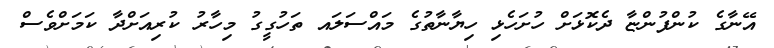
އޭނާގެ ކުންފުންޏާ ދެކޮޅަށް ހުށަހެޅި ހިޔާނާތުގެ މައްސަލައ ތަހުގީގު މިހާރު ކުރިއަށްދާ ކަމަށްވެސް